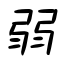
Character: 弱